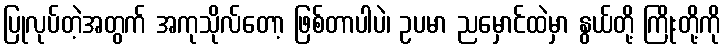
ပြုလုပ်တဲ့အတွက် အကုသိုလ်တော့ ဖြစ်တာပါပဲ၊ ဥပမာ ညမှောင်ထဲမှာ နွယ်တို့ ကြိုးတို့ကို